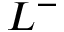
L ^ { - }